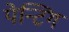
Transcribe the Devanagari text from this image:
पेन्टिग